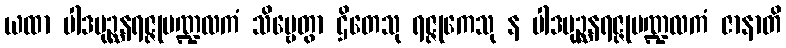
ယထာ ပါဒပုဉ္ဆနရဇ္ဇုမဏ္ဍလကံ သိဗ္ဗေတွာ ဌိတေသု ရဇ္ဇုကေသု န ပါဒပုဉ္ဆနရဇ္ဇုမဏ္ဍလကံ ဇာနာတိ